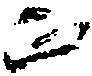
正